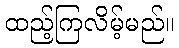
ထည့်ကြလိမ့်မည်။